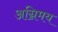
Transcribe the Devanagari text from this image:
अग्निमय